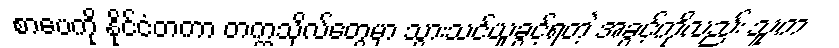
စာပေကို နိုင်ငံတကာ တက္ကသိုလ်တွေမှာ သွားသင်ယူခွင့်ရတဲ့ အခွင့်ကိုလည်း သူက